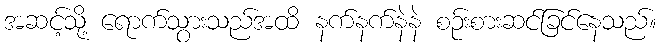
အဆင့်သို့ ရောက်သွားသည်အထိ နက်နက်နဲနဲ စဉ်းစားဆင်ခြင်နေသည်။